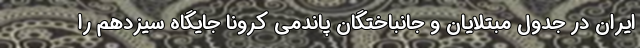
ایران در جدول مبتلایان و جانباختگان پاندمی کرونا جایگاه سیزدهم را